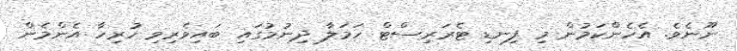
ނޫނެވެ. އެހެންކަމުން މި ފިނޑި ޓެރަރިސްޓް ހަމަލާ ދިނުމުގައި ބައިވެރިވި ހުރިހާ އެންމެން